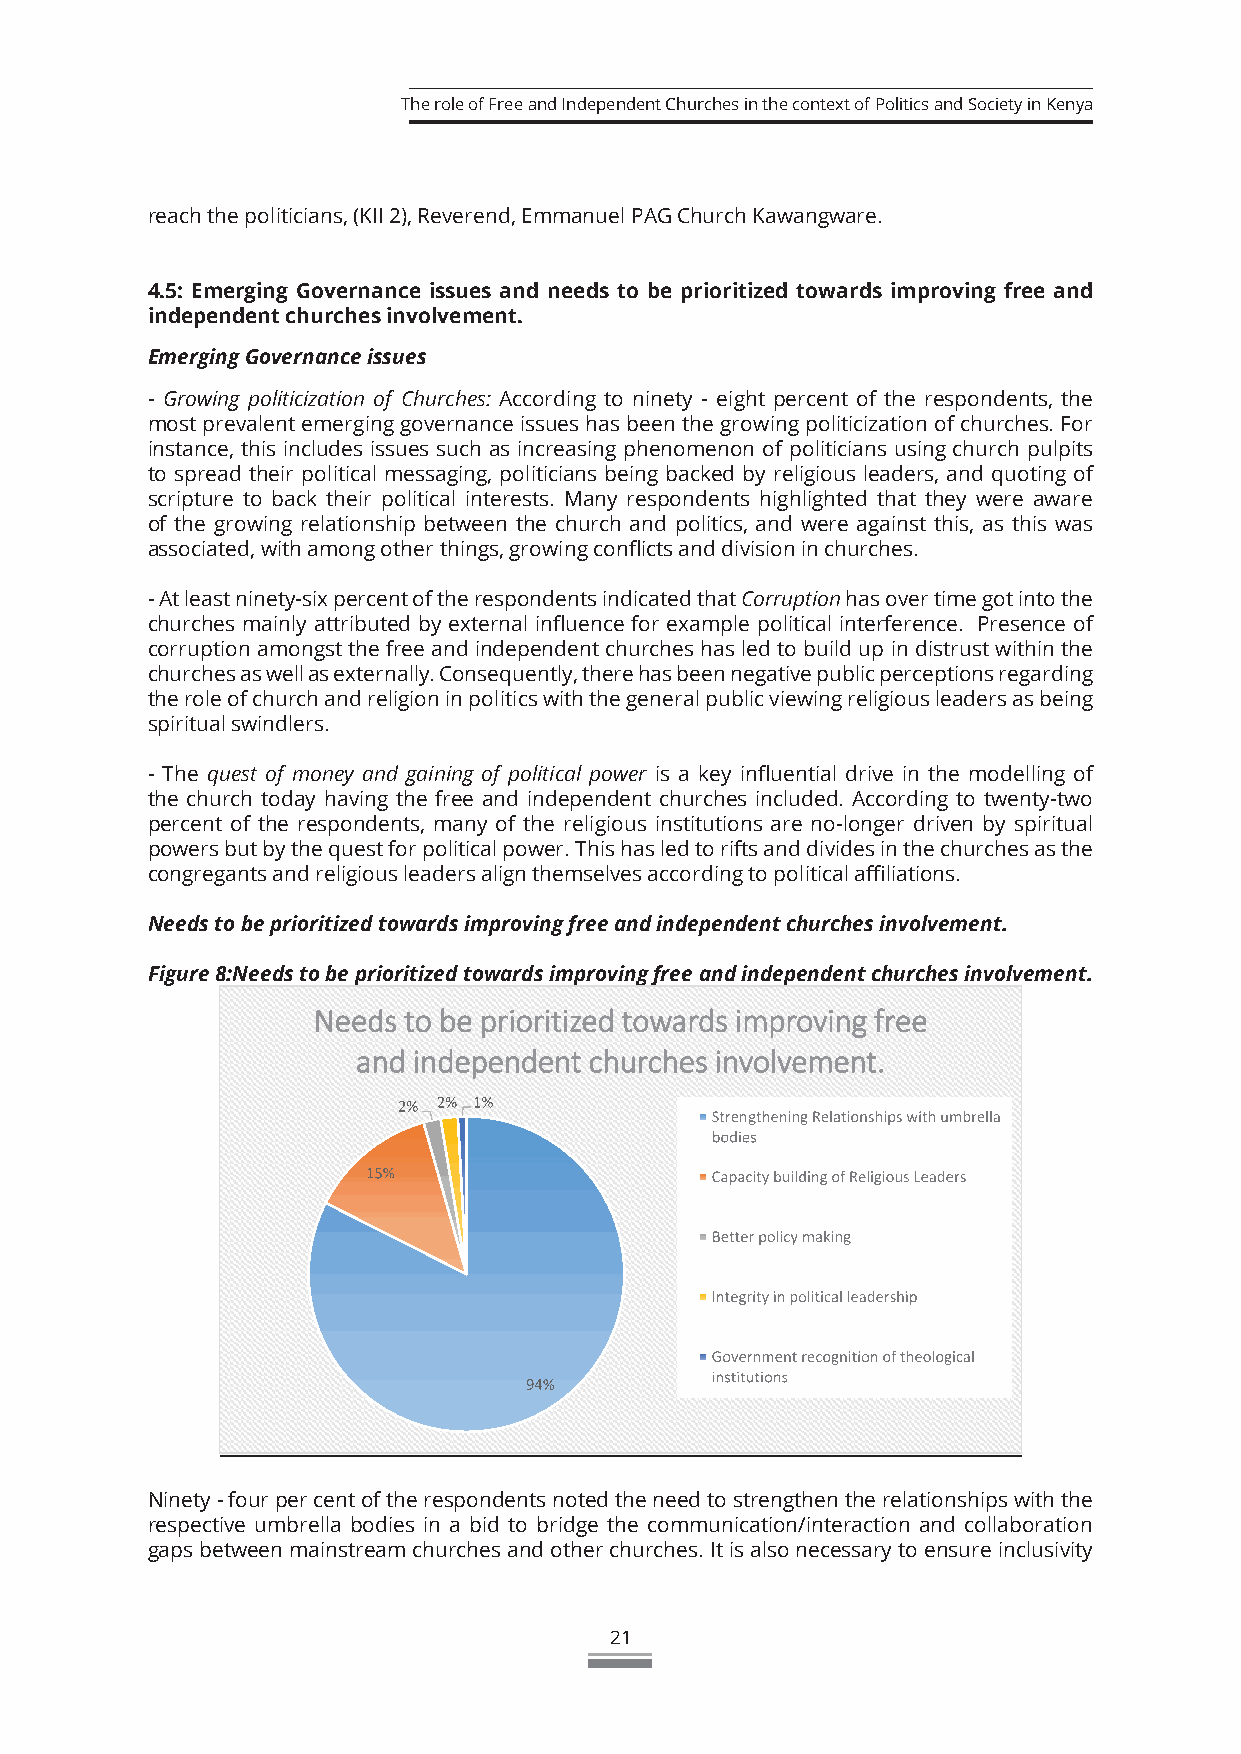
The role of Free and Independent Churches in the context of Politics and Society in Kenya
 reach the politicians, (KII 2), Reverend, Emmanuel PAG Church Kawangware.
 4.5: Emerging Governance issues and needs to be prioritized towards improving free and
 independent churches involvement.
 Emerging Governance issues
 - Growing politicization of Churches: According to ninety - eight percent of the respondents, the
 most prevalent emerging governance issues has been the growing politicization of churches. For
 instance, this includes issues such as increasing phenomenon of politicians using church pulpits
 to spread their political messaging, politicians being backed by religious leaders, and quoting of
 scripture to back their political interests. Many respondents highlighted that they were aware
 of the growing relationship between the church and politics, and were against this, as this was
 associated, with among other things, growing conflicts and division in churches.
 - At least ninety-six percent of the respondents indicated that Corruption has over time got into the
 churches mainly attributed by external influence for example political interference. Presence of
 corruption amongst the free and independent churches has led to build up in distrust within the
 churches as well as externally. Consequently, there has been negative public perceptions regarding
 the role of church and religion in politics with the general public viewing religious leaders as being
 spiritual swindlers.
 - The quest of money and gaining of political power is a key influential drive in the modelling of
 the church today having the free and independent churches included. According to twenty-two
 percent of the respondents, many of the religious institutions are no-longer driven by spiritual
 powers but by the quest for political power. This has led to rifts and divides in the churches as the
 congregants and religious leaders align themselves according to political affiliations.
 Needs to be prioritized towards improving free and independent churches involvement.
 Figure 8:Needs to be prioritized towards improving free and independent churches involvement.
 Ninety - four per cent of the respondents noted the need to strengthen the relationships with the
 respective umbrella bodies in a bid to bridge the communication/interaction and collaboration
 gaps between mainstream churches and other churches. It is also necessary to ensure inclusivity
 21